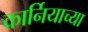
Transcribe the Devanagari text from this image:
कार्नियाच्या